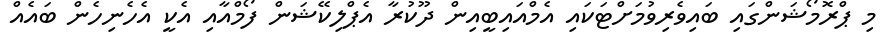
މި ޕްރޮމޯޝަންގައި ބައިވެރިވުމަށްޓަކައި އެމްއައިބީއިން ދޫކުރާ އެޕްލިކޭޝަން ފޯމްއާއި އެކީ އެހެނިހެން ބައެއް